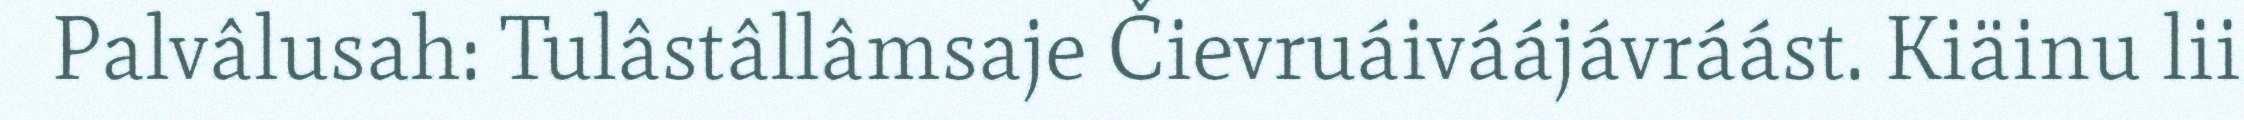
Palvâlusah: Tulâstâllâmsaje Čievruáiváájávráást. Kiäinu lii